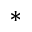
\ast